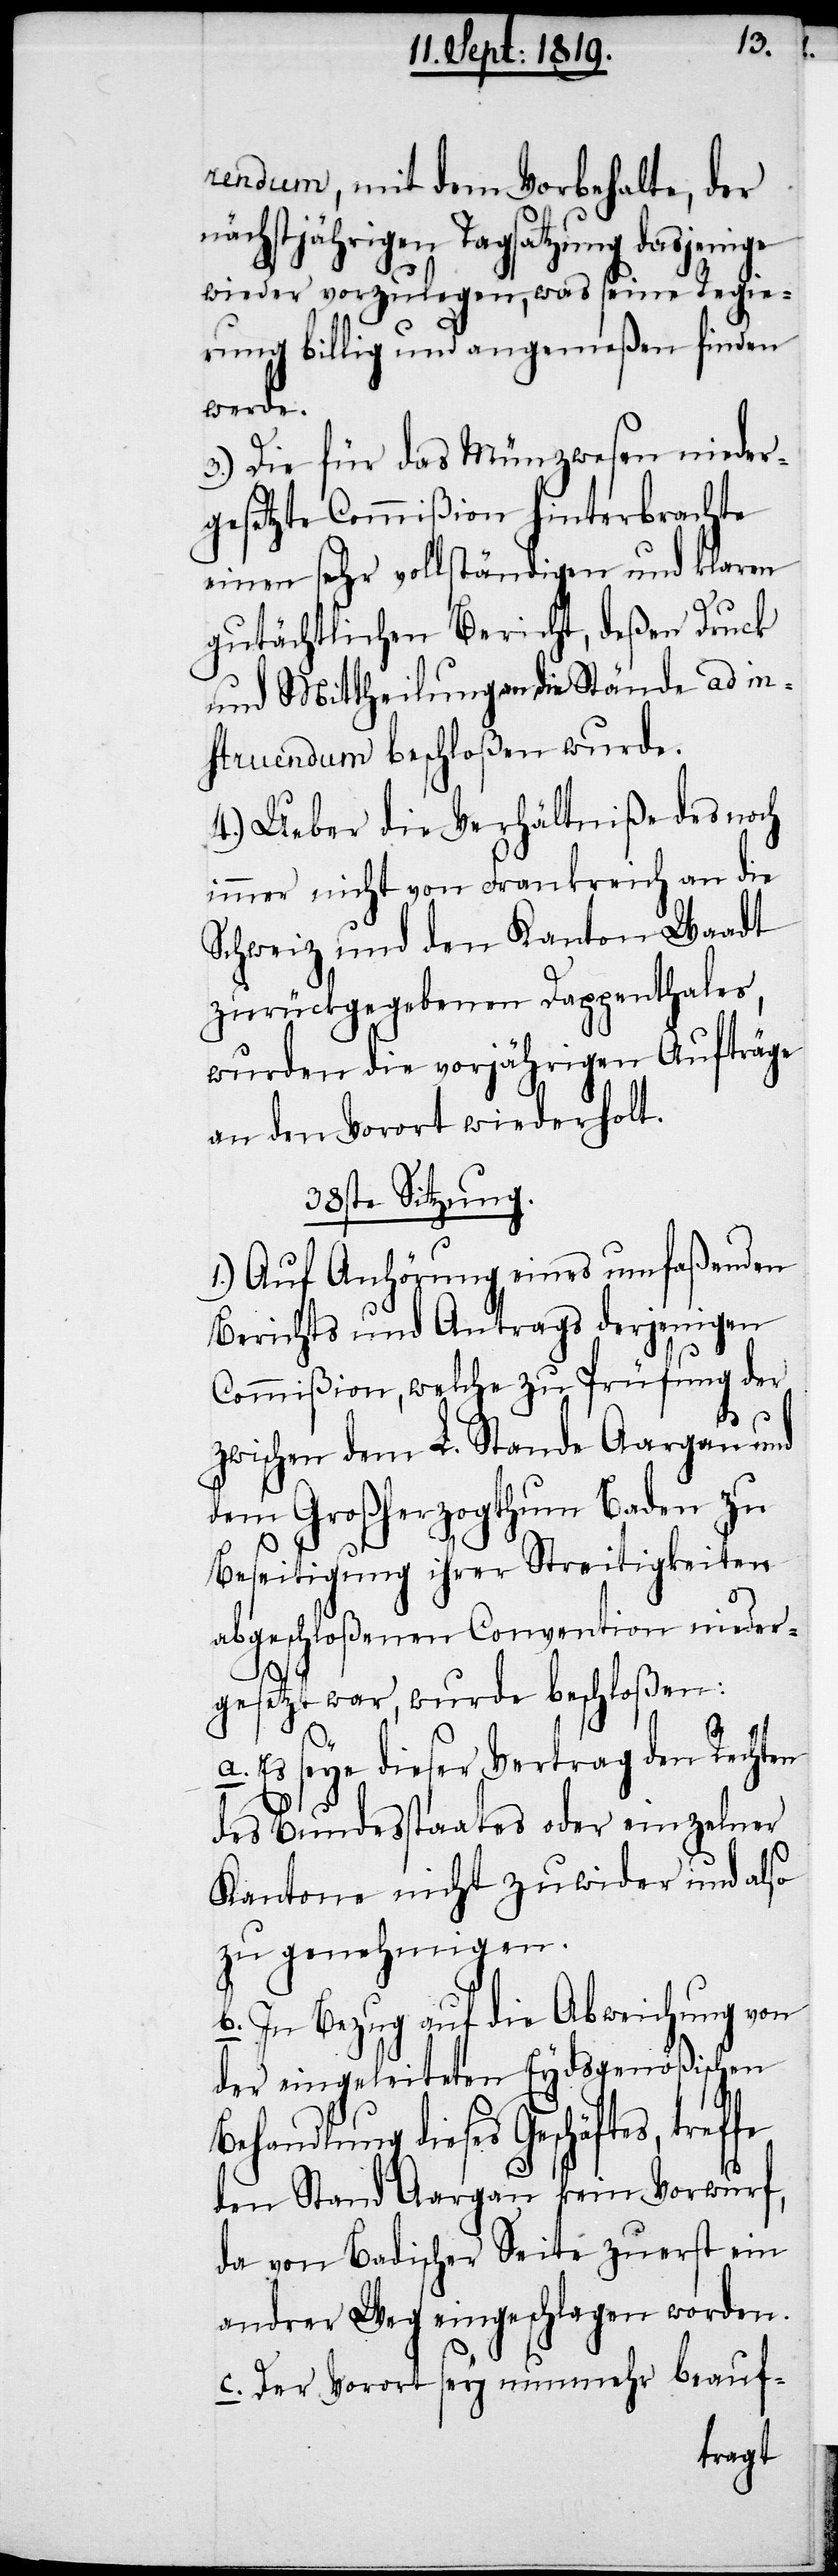
rendum, mit dem Vorbehalte, der
nächstjährigen Tagsatzung dasjenige
wieder vorzulegen, was seine Regie¬
rung billig und angemeßen finden
werde.
3.) Die für das Münzwesen nieder¬
gesetzte Commißion hinterbrachte
einen sehr vollständigen und klaren
gutächtlichen Bericht, deßen Druck
und Mittheilungen an die Stände ad in¬
struendum beschloßen wurde
4.) Ueber die Verhältniße des noch
immer nicht von Frankreich an die
Schweiz und den Kanton Waadt
zurückgegebenen Dappenthales,
wurden die vorjährigen Aufträge
an den Vorort wiederholt.
38ste Sitzung.
Auf Anhörung eines umfaßenden
Berichts und Antrags derjenigen
Commißion, welche zu Prüfung der
zwischen dem L. Stande Aargau und
dem Großherzogthum Baden zu
Beseitigung ihrer Streitigkeiten
abgeschloßenen Convention nieder¬
gesetzt war, wurde beschloßen:
Es seye dieser Vertrag den Rechten
des Bundesstaates oder einzelner
Kantone nicht zuwider und also
zu genehmigen.
b. In Bezug auf die Abweichung von
der eingeleiteten Eydsgenößischen
a.
Behandlung dieses Geschäftes, treffe
den Stand Aargau kein Vorwurf,
da von Badischer Seite zuerst ein
andrer Weg eingeschlagen worden.
c. Der Vorort sey nunmehr beauf-